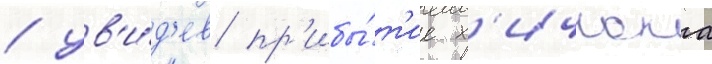
/ ув'и́д'ев пр'ибы́т'ие х'ичкока